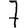
Digit: 7